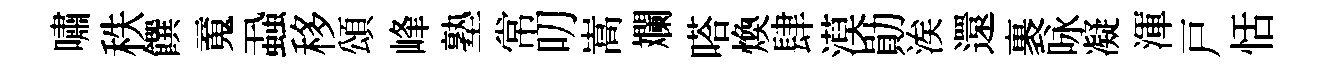
嘯秩饌䰟蝨移頌峰塾常叨嵩斕嗒煥肆漠勛涘還裹咏凝渾戸恬